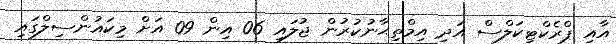
އާއި ޕްރެކްޓިކަލްސް އަދި އިމްތިޙާނުކުރުން ޖުލައި 06 އިން 09 އަށް މިކައުންސިލްގައި